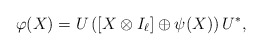
\begin{align*}\varphi(X) = U\left([X\otimes I_\ell]\oplus\psi(X)\right)U^*,\end{align*}